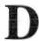
D